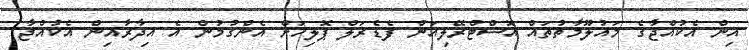
އިން އެކުއްޖާގެ މައުލޫމާތުތައް އޮސްޓްރޭލިއަން ފެޑެރަލް ޕޮލިހަށް އެންގުމުން އެ އިދާރާއިން އެކުއްޖާ